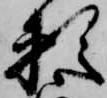
頼